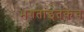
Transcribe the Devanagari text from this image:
भगतांइतकेच